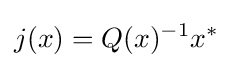
j(x)=Q(x)^{-1}x^{*}